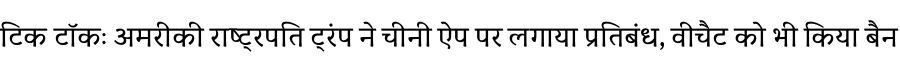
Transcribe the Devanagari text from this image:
टिक टॉकः अमरीकी राष्ट्रपति ट्रंप ने चीनी ऐप पर लगाया प्रतिबंध, वीचैट को भी किया बैन